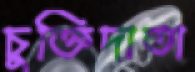
চুক্তিদাতা